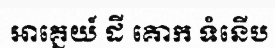
អាគ្នេយ៍ ដី គោក ទំនើប